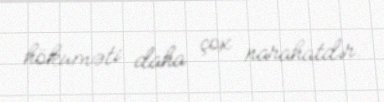
hökuməti daha çox narahatdır.